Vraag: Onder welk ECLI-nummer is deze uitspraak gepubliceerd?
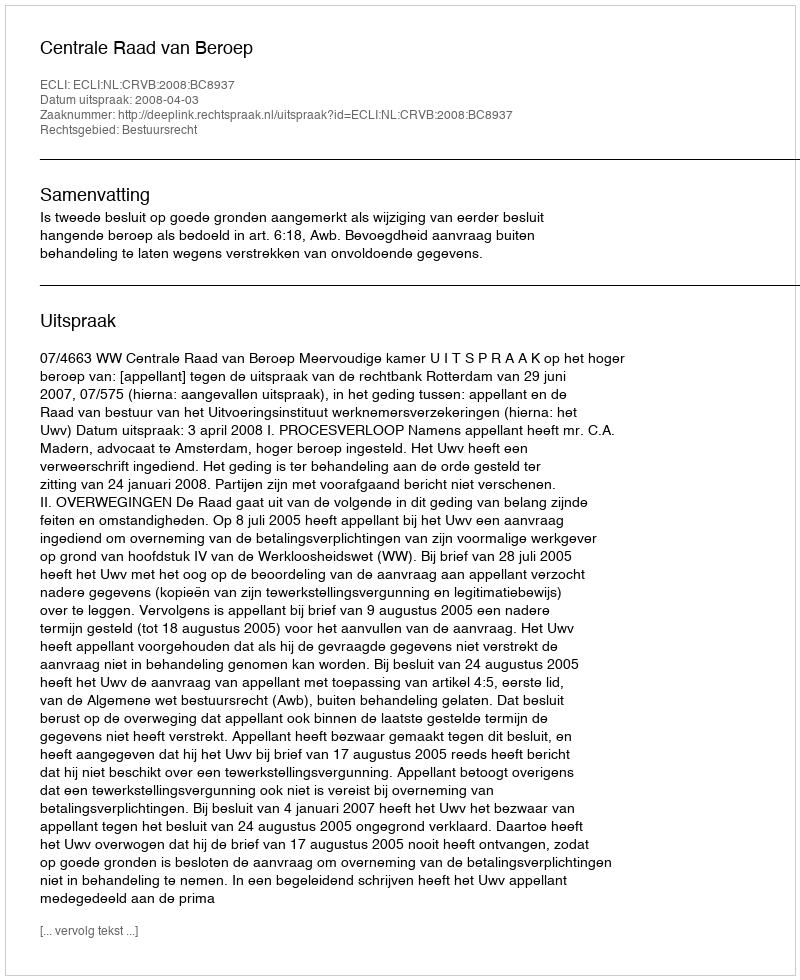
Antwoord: ECLI:NL:CRVB:2008:BC8937